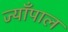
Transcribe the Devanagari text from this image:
ज्याँपाल